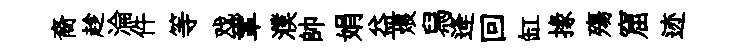
裔趁淪件等戏鞏濮帥娟益煨舄逄回缸掾殤窟迹